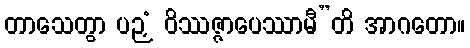
တာသေတွာ ပဉှံ ဝိဿဇ္ဇာပေဿာမီ”တိ အာဂတော။